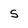
Character: s